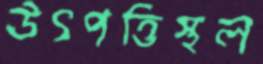
উৎপত্তিস্থল